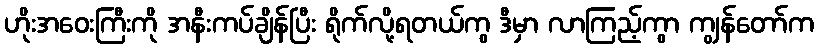
ဟိုးအဝေးကြီးကို အနီးကပ်ချိန်ပြီး ရိုက်လို့ရတယ်ကွ ဒီမှာ လာကြည့်ကွာ ကျွန်တော်က